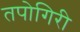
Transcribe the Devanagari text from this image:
तपोगिरी